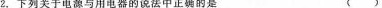
2，下列关于电源与用电器的说法中正确的是 ()